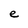
Character: e